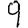
Digit: 9